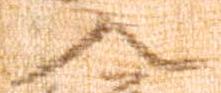
入